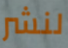
لنشر